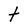
Character: t